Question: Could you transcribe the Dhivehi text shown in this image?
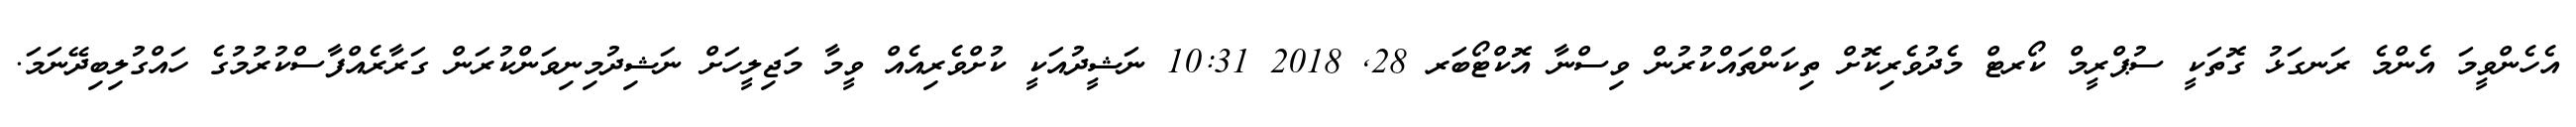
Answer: އެހެންވީމަ އެންމެ ރަނގަޅު ގޮތަކީ ސުޕްރީމް ކޯރޓް މެދުވެރިކޮށް ތިކަންތައްކުރުން ވިސްނާ އޮކްޓޯބަރ 28, 2018 10:31 ނަޝީދުއަކީ ކުށްވެރިއެއް ވީމާ މަޖިލީހަށް ނަޝިދުމިނިވަންކުރަން ގަރާރެއްފާސްކުރުމުގެ ހައްގުލިބިދޭނަމަ.